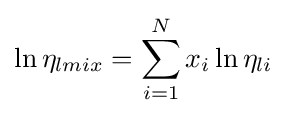
\ln \eta _{lmix}=\sum _{i=1}^{N}x_{i}\ln \eta _{li}